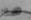
هذا